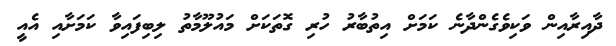
ދާއިރާއިން ވަކިވެގެންދާނެ ކަމަށް އިތުބާރު ހުރި ގޮތަކަށް މައުލޫމާތު ލިބިފައިވާ ކަމަށާއި އެއީ